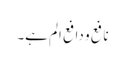
نافع و دافعِ الم ہے۔